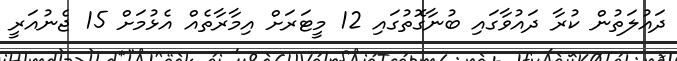
ދައުލަތުން ކުރާ ދައުވާގައި ބުނާގޮތުގައި 12 މީޓަރަށް އިމާރާތެއް އެޅުމަށް 15 ޖެނުއަރީ